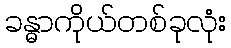
ခန္ဓာကိုယ်တစ်ခုလုံး